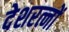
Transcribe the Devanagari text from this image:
देशरत्नों